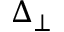
\Delta _ { \perp }